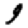
Digit: 9